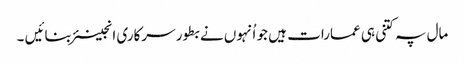
مال پہ کتنی ہی عمارات ہیں جو اُنہوں نے بطور سرکاری انجینئر بنائیں ۔